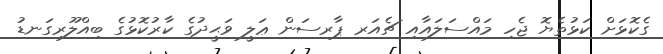
ގެކޮޅަށް ކަޅުތެޔޮ ޖެހި މައްސަލައާއި ޗެއަރ ޕާރސަން ޢަލީ ވަޙީދުގެ ކާރުކޮޅުގެ ބިއްލޫރިގަނޑު